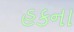
હકના